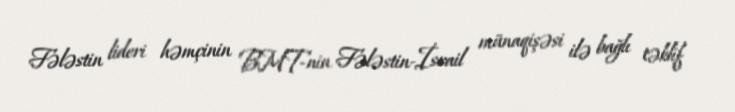
Fələstin lideri həmçinin BMT-nin Fələstin-İsrail münaqişəsi ilə bağlı təklif